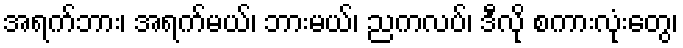
အရက်ဘား၊ အရက်မယ်၊ ဘားမယ်၊ ညကလပ်၊ ဒီလို စကားလုံးတွေ၊